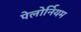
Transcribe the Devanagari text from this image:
पेलोर्नियम